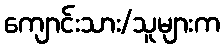
ကျောင်းသား/သူများက